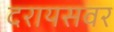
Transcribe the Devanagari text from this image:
दरायसवर